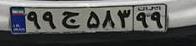
۹۹ج۵۸۳۹۹